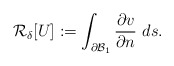
\begin{align*} \mathcal{R}_\delta[U]:=\int_{\partial\mathcal{B}_1}\frac{\partial v}{\partial n}~ds.\end{align*}